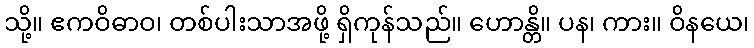
သို့။ ဧကဝိဓာဝ၊ တစ်ပါးသာအဖို့ ရှိကုန်သည်။ ဟောန္တိ။ ပန၊ ကား။ ဝိနယေ၊